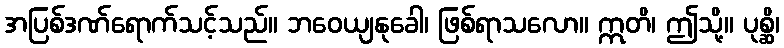
အပြစ်ဒဏ်ရောက်သင့်သည်။ ဘဝေယျနုခေါ၊ ဖြစ်ရာသလော။ ဣတိ၊ ဤသို့။ ပုစ္ဆိ၊